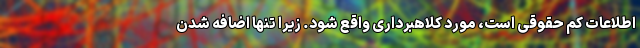
اطلاعات کم حقوقی است، مورد کلاهبرداری واقع شود. زیرا تنها اضافه شدن